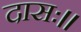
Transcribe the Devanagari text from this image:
दासः।।